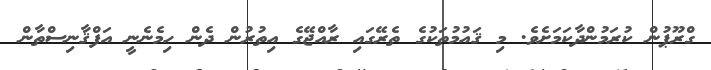
ގްރޫޕުން ކުރަމުންދާކަމަށެވެ. މި ޤައުމުތަކުގެ ތެރޭގައި ރާއްޖޭގެ އިތުރުން ދެން ހިމެނެނީ އަފްޤާނިސްތާން